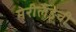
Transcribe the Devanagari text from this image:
मेरीलँडची